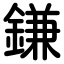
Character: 鎌